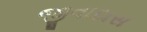
જીવાદાસ